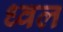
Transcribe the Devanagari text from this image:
ध्वल